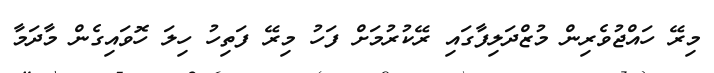
މިރޭ ހައްޖުވެރިން މުޒްދަލިފާގައި ރޭކުރުމަށް ފަހު މިރޭ ފަތިހު ހިލަ ހޮވައިގެން މާދަމާ